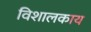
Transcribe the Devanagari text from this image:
विशालकाय